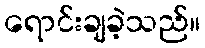
ရောင်းချခဲ့သည်။